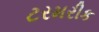
ટરમરીક